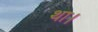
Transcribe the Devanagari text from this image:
था।